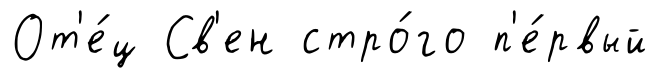
От'е́ц Св'ен стро́го п'е́рвый